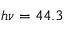
h \nu = 4 4 . 3